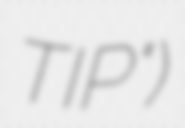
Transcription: TIP")